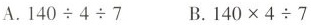
A.140÷4÷7 B.140×4÷7